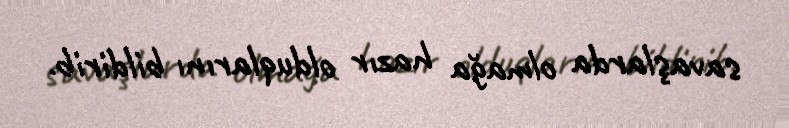
savaşlarda olmağa hazır olduqlarını bildirib.